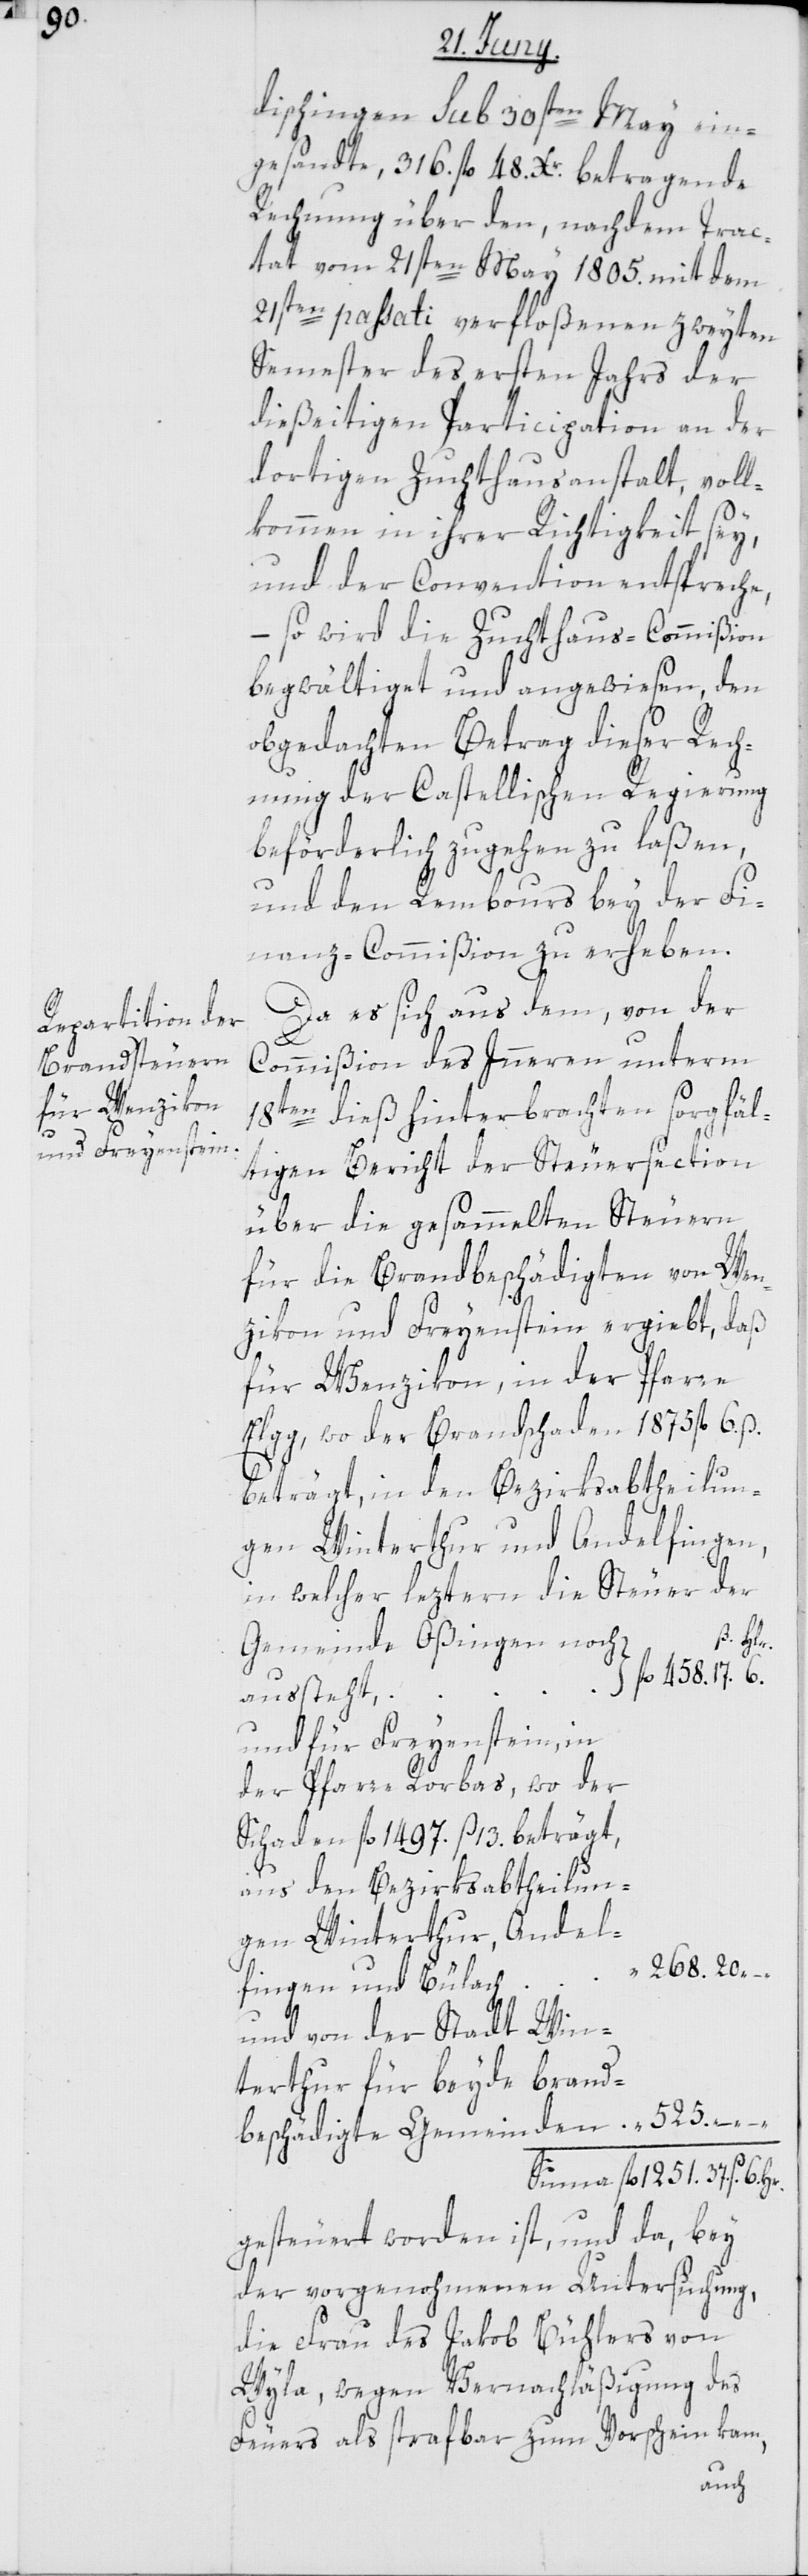
20.

Hr.

dischingen sub 30sten May ein¬
gesandte, 316. fl. 48. Xr. betragende
Rechnung über den, nach dem Trac¬
tat vom 21sten May 1805. mit dem
21sten passati verfloßenen zweyten
Semester des ersten Jahrs der
dießeitigen Participation an der
dortigen Zuchthausanstalt, voll¬
kommen in ihrer Richtigkeit sey,
und der Convention entspreche,
– so wird die Zuchthaus-Commißion
begwältiget und angewiesen, den
obgedachten Betrag dieser Rech¬
nung der Castellischen Regierung
beförderlich zugehen zu laßen,
und den Rembours bey der Fi¬
nanz-Commißion zu erheben.
Da es sich aus dem, von der
6.
Commißion des Innern unterm
18ten dieß hinterbrachten sorgfäl¬
tigen Bericht der Steuersection
über die gesammelten Steuern
für die Brandbeschädigten von Wen¬
zikon und Freyenstein ergiebt,
für Wenzikon, in der Pfarre
Elgg, wo der Brandschaden 1875 fl. 6. ß.
beträgt, in den Bezirksabtheilun¬
gen Winterthur und Andelfingen,
in welcher leztern die Steuer der
Gemeinde Oßingen noch
aussteht;
und für Freyenstein, in
der Pfarre Rorbas, wo der
Schaden fl. 1497.13 ß. beträgt,
aus den Bezirksabtheilun¬
gen Winterthur, Andel¬
–
fingen und Bülach
und von der Stadt Win¬
terthur für beyde brand¬
beschädigte Gemeinden
gesteuert worden ist, und da, bey
der vorgenohmenen Untersuchung,
die Frau des Jakob Bühlers von
Wyla, wegen Vernachläßigung des
Feuers als strafbar zum Vorschein kam,